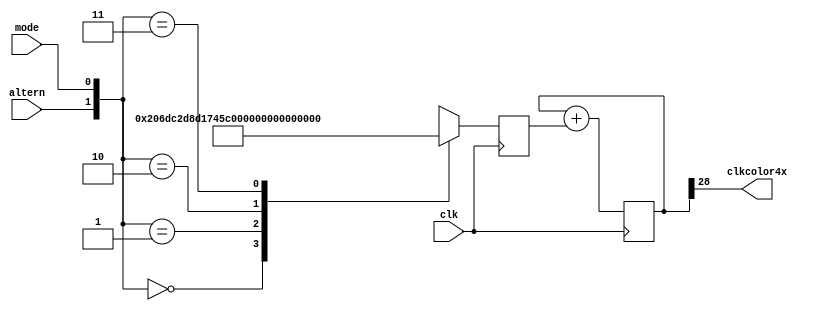
//////////////////////////////////////////////////////////////////////////////////
//    This file is gencolorclk
//    Creation date is 21:39:48 07/31/2020 by Miguel Angel Rodriguez Jodar
//    (c)2020 Miguel Angel Rodriguez Jodar. ZXProjects
//
//    This core is free software: you can redistribute it and/or modify
//    it under the terms of the GNU General Public License as published by
//    the Free Software Foundation, either version 3 of the License, or
//    (at your option) any later version.
//
//    This core is distributed in the hope that it will be useful,
//    but WITHOUT ANY WARRANTY; without even the implied warranty of
//    MERCHANTABILITY or FITNESS FOR A PARTICULAR PURPOSE.  See the
//    GNU General Public License for more details.
//
//    You should have received a copy of the GNU General Public License
//    along with this core.  If not, see <https://www.gnu.org/licenses/>.
//
//    All copies of this file must keep this notice intact.
//
//////////////////////////////////////////////////////////////////////////////////

`timescale 1ns / 1ns
`default_nettype none

module gencolorclk (
  input wire clk,        // reloj lo ms rpido posible (ahora mismo, 140 MHz o 165 Mhz segun valor de altern)
  input wire mode,       // 0=PAL, 1=NTSC
  input wire altern,     // 0=140 MHz, 1=165 MHz
  output wire clkcolor4x // (17.734475 MHz PAL  14.31818 MHz NTSC)
  );

  // Fout = Fclk * prescaler / (2^nbits)
  // prescaler = Fdesired * (2^nbits) / Fclk
  localparam PHASEACUMPAL0  = 29'd68008027;
  localparam PHASEACUMPAL1  = 29'd57703780;
  localparam PHASEACUMNTSC0 = 29'd54907245;
  localparam PHASEACUMNTSC1 = 29'd46587966;

  reg [28:0] cnt = 29'h00000000;
  reg [28:0] prescaler = PHASEACUMPAL0;
  assign clkcolor4x = cnt[28];
  always @(posedge clk) begin
    case ( {altern, mode} )
      2'b00 : prescaler <= PHASEACUMPAL0;
      2'b01 : prescaler <= PHASEACUMNTSC0;
      2'b10 : prescaler <= PHASEACUMPAL1;
      2'b11 : prescaler <= PHASEACUMNTSC1;
      default : prescaler <= PHASEACUMPAL0;
    endcase
    cnt <= cnt + prescaler;
  end
endmodule